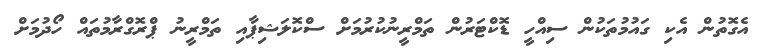
އެގޮތުން އެކި ގައުމުތަކުން ސިއްހީ ޑޮކްޓަރުން ތަމްރީނުކުރުމަށް ސްކޮލަޝިޕާއި ތަމްރީނު ޕްރޮގްރާމުތައް ހޯދުމަށް